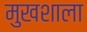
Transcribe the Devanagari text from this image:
मुखशाला